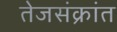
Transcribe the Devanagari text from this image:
तेजसंक्रांत